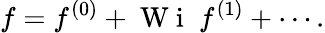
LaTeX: f=f^{(0)}+\mathrm{~W~i~}\; f^{(1)}+\cdots.